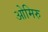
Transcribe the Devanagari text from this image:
ओमिरु